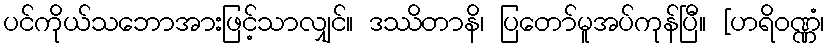
ပင်ကိုယ်သဘောအားဖြင့်သာလျှင်။ ဒဿိတာနိ၊ ပြတော်မူအပ်ကုန်ပြီ။ [ဟရိဝဏ္ဏံ၊